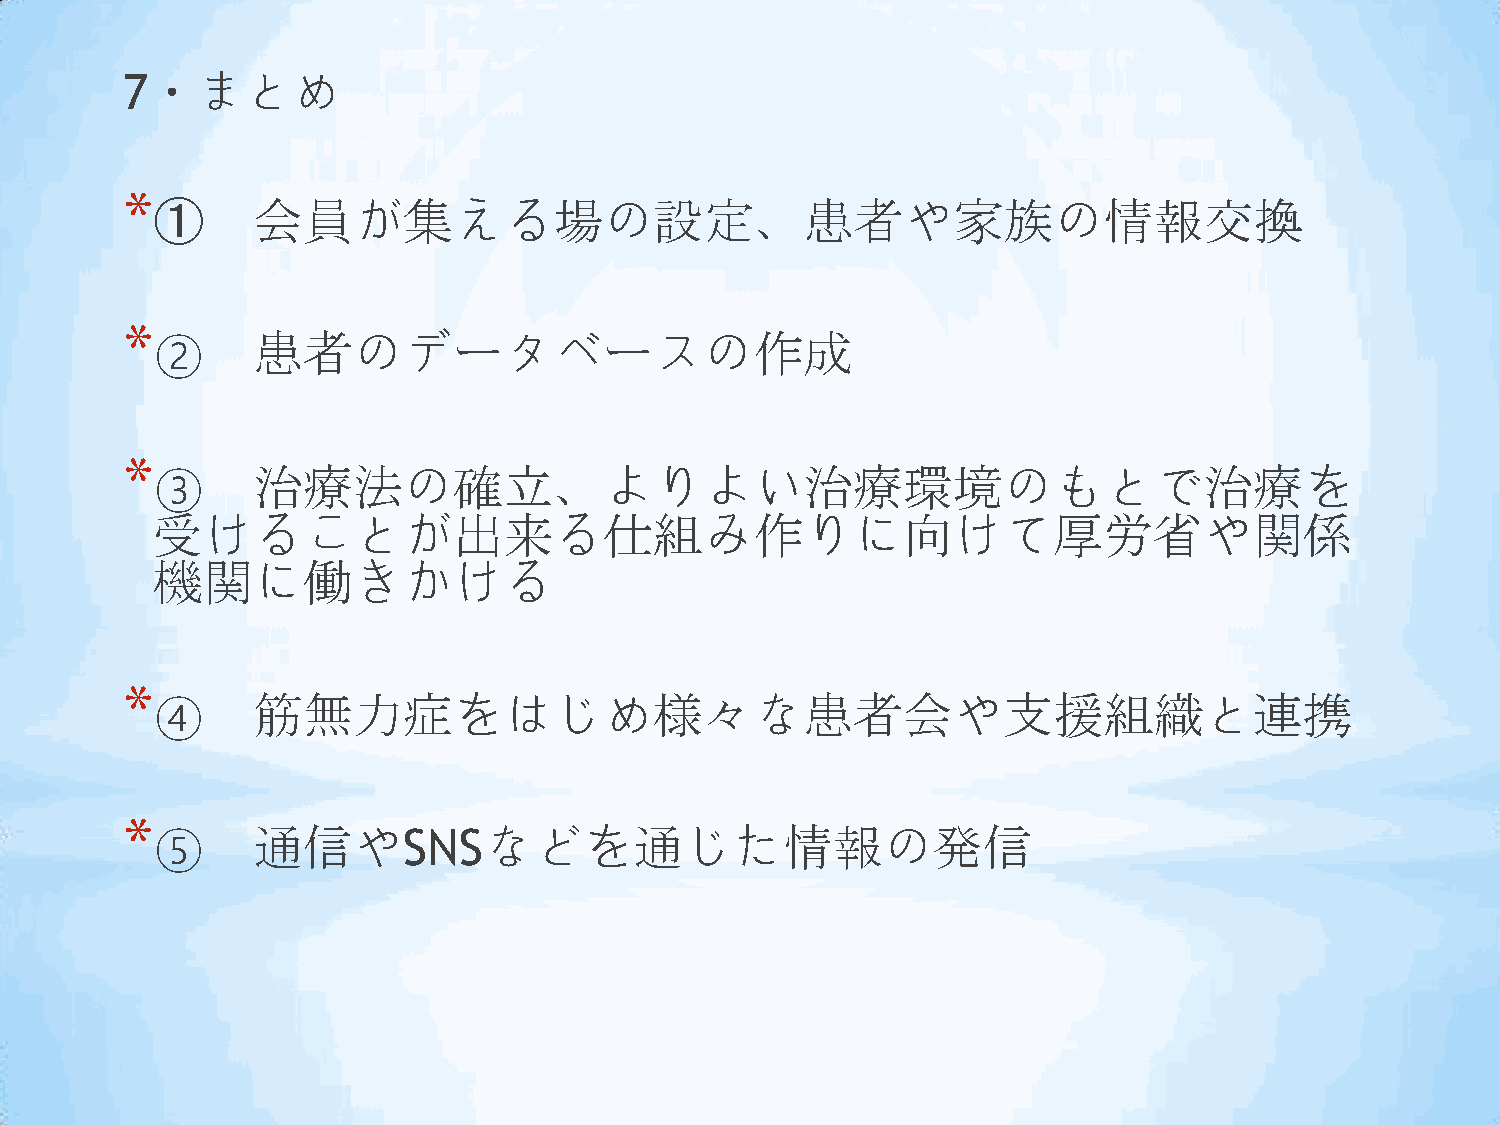
7・まとめ
 *
 ➀      会員が集える場の設定、患者や家族の情報交換
 *
 ②      患者のデータベースの作成
 *
 ③      治療法の確立、よりよい治療環境のもとで治療を
 受けることが出来る仕組み作りに向けて厚労省や関係
 機関に働きかける
 *
 ④      筋無力症をはじめ様々な患者会や支援組織と連携
 *
 ⑤      通信やSNSなどを通じた情報の発信